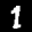
Label: 1